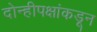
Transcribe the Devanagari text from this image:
दोन्हीपक्षांकडून